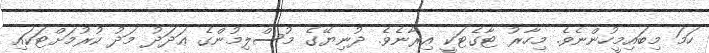
ހަމަ މިބައިމީހުންނެވެ. މިހާރު ޓާގެޓަކީ އިރާނެވެ. ދުނިޔޭގެ މުސްލިމުންގެ ޢަދަދު މަދު ކުރުމަށްޓަކައި